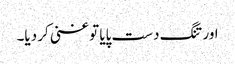
اور تنگ دست پایا تو غنی کر دیا۔